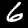
Digit: 6